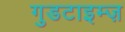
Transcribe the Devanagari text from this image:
गुडटाइम्ज़